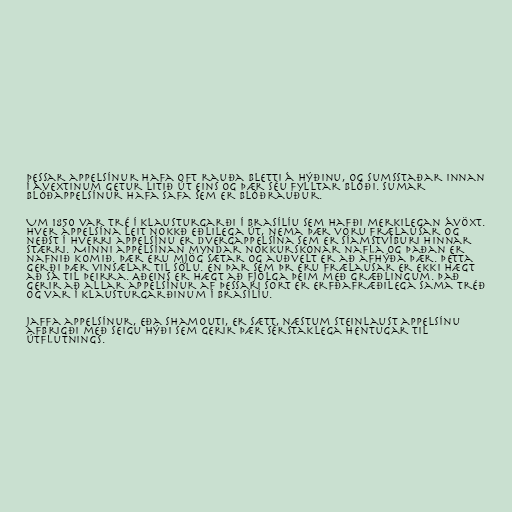
Þessar appelsínur hafa oft rauða bletti á hýðinu, og sumsstaðar innan
í ávextinum getur litið út eins og þær séu fylltar blóði. Sumar
blóðappelsínur hafa safa sem er blóðrauður.

Um 1850 var tré í klausturgarði í Brasílíu sem hafði merkilegan ávöxt.
Hver appelsína leit nokkð eðlilega út, nema þær voru frælausar og
neðst í hverri appelsínu er dvergappelsína sem er síamstvíburi hinnar
stærri. Minni appelsínan myndar nokkurskonar nafla og þaðan er
nafnið komið. Þær eru mjög sætar og auðvelt er að afhýða þær. Þetta
gerði þær vinsælar til sölu. En þar sem þr eru frælausar er ekki hægt
að sá til þeirra. Aðeins er hægt að fjölga þeim með græðlingum. Það
gerir að allar appelsínur af þessari sort er erfðafræðilega sama tréð
og var í klausturgarðinum í Brasílíu.

Jaffa appelsínur, eða Shamouti, er sætt, næstum steinlaust appelsínu
afbrigði með seigu hýði sem gerir þær sérstaklega hentugar til
útflutnings.